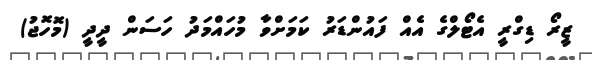
ޒީރޯ ޑިގްރީ އެޓޯލްގެ އެއް ފައުންޑަރު ކަމަށްވާ މުހައްމަދު ހަސަން ދީދީ (މޮހޮޖު)